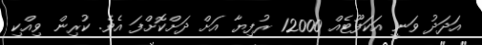
އަދަދު ވަނީ އަކަފޫޓެއް 12000 ރުފިޔާ އަށް ދަށްކޮށްފަ އެވެ. ކުރިން ވިއްކި